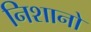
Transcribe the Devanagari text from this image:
निशानो